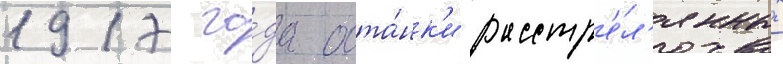
1917 го́да оста́нк'и расстр'е́л'янных